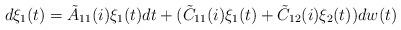
LaTeX: \begin{align*}d\xi_1(t)=\tilde A_{11}(i)\xi_1(t)dt+(\tilde C_{11}(i)\xi_1(t)+\tilde C_{12}(i)\xi_2(t))dw(t)\end{align*}